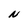
Character: N